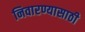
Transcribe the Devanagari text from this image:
निवारण्यासाठी